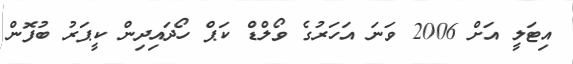
އިޓަލީ އަށް 2006 ވަނަ އަހަރުގެ ވޯލްޑް ކަޕް ހޯދައިދިން ކީޕަރު ބުފޮން